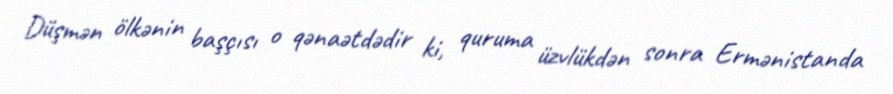
Düşmən ölkənin başçısı o qənaətdədir ki, quruma üzvlükdən sonra Ermənistanda